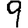
Digit: 9